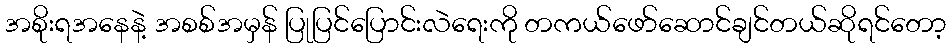
အစိုးရအနေနဲ့ အစစ်အမှန် ပြုပြင်ပြောင်းလဲရေးကို တကယ်ဖော်ဆောင်ချင်တယ်ဆိုရင်တော့